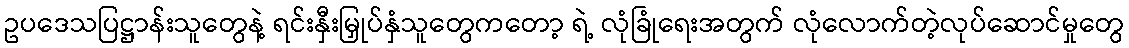
ဥပဒေသပြဋ္ဌာန်းသူတွေနဲ့ ရင်းနှီးမြှုပ်နှံသူတွေကတော့ ရဲ့ လုံခြုံရေးအတွက် လုံလောက်တဲ့လုပ်ဆောင်မှုတွေ